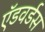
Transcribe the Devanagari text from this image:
ऍडवर्डस